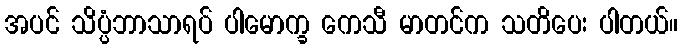
အပင် သိပ္ပံဘာသာရပ် ပါမောက္ခ ကေသီ မာတင်က သတိပေး ပါတယ်။